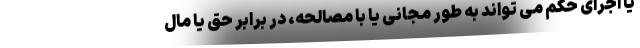
یا اجرای حکم می تواند به طور مجانی یا با مصالحه، در برابر حق یا مال